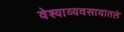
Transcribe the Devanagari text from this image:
वेश्याव्यवसायातले